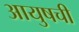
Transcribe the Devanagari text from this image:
आयुषची